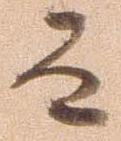
而